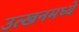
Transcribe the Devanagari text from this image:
उत्खनमध्ये